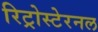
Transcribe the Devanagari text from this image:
रिट्रोस्टेरनल